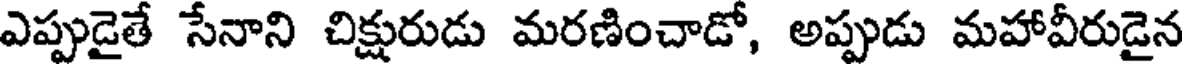
ఎప్పుడైతే సేనాని చిక్షురుడు మరణించాడో, అప్పుడు మహావీరుడైన